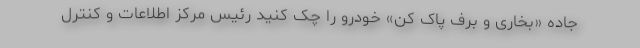
جاده «بخاری و برف پاک کن» خودرو را چک کنید رئیس مرکز اطلاعات و کنترل